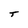
Character: T